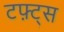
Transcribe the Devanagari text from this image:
टफ़्ट्स